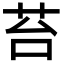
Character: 苔